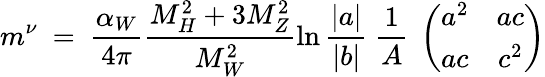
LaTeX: m^{\nu}\ =\ \frac{{\alpha}_{W}}{4\pi}\frac{M_{H}^{2}+3M_{Z}^{2}}{M_{W}^{2}}\ln\frac{|a|}{|b|}\ \frac{1}{A}\ \left(\begin{array}{cc}{{a^{2}}}&{{ac}}\\ {{ac}}&{{c^{2}}}\end{array}\right)